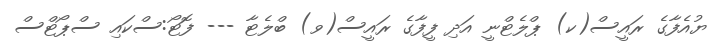
ޔުއެފާގެ ރައީސް(ކ) ޕްލެޓްނީ އަދި ފީފާގެ ރައީސް(ވ) ބްލެޓާ --- ފޮޓޯ:ސްކައި ސްޕޯޓްސް